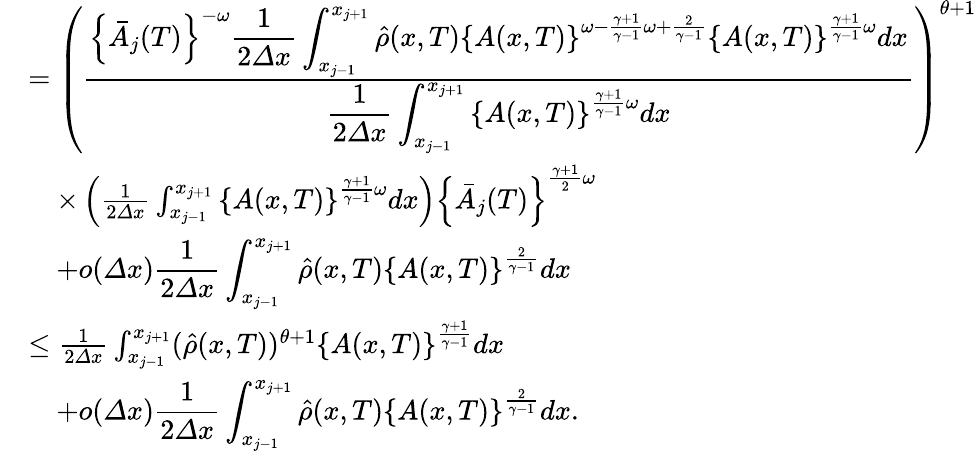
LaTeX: \begin{array}{rl}&{=\left(\frac{\displaystyle{\left\{ \bar{A}_{j}(T)\right\} ^{-\omega}\frac 1{2{\varDelta}x}\int_{x_{j-1}}^{x_{j+1}}\hat{\rho}(x,T)\left\{ A(x,T)\right\} ^{\omega-\frac{\gamma+1}{\gamma-1}\omega+\frac{2}{\gamma-1}}\left\{ A(x,T)\right\} ^{\frac{\gamma+1}{\gamma-1}\omega}dx}}{\displaystyle{\frac 1{2{\varDelta}x}\int_{x_{j-1}}^{x_{j+1}}\left\{ A(x,T)\right\} ^{\frac{\gamma+1}{\gamma-1}\omega}dx}}\right)^{\theta+1}}\\ &{\quad\times\left(\frac 1{2{\varDelta}x}\int_{x_{j-1}}^{x_{j+1}}\left\{ A(x,T)\right\} ^{\frac{\gamma+1}{\gamma-1}\omega}dx\right)\left\{ \bar{A}_{j}(T)\right\} ^{\frac{\gamma+1}{2}\omega}}\\ &{\quad+o({\varDelta}x){\displaystyle{\frac 1{2{\varDelta}x}\int_{x_{j-1}}^{x_{j+1}}\hat{\rho}(x,T)\left\{ A(x,T)\right\} ^{\frac{2}{\gamma-1}}dx}}}\\ &{\leq\frac 1{2{\varDelta}x}\int_{x_{j-1}}^{x_{j+1}}(\hat{\rho}(x,T))^{\theta+1}\left\{ A(x,T)\right\} ^{\frac{\gamma+1}{\gamma-1}}dx}\\ &{\quad+o({\varDelta}x){\displaystyle{\frac 1{2{\varDelta}x}\int_{x_{j-1}}^{x_{j+1}}\hat{\rho}(x,T)\left\{ A(x,T)\right\} ^{\frac{2}{\gamma-1}}dx}}.}\end{array}